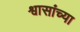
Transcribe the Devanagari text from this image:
श्वासांच्या